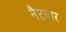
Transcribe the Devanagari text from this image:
नैटवार